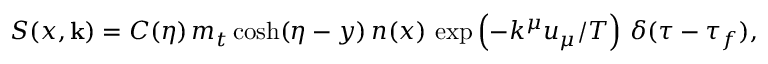
S ( x , \mathbf { k } ) = C ( { \eta } ) \, m _ { t } \cosh ( \eta - y ) \, n ( x ) \, \exp \left( - k ^ { \mu } u _ { \mu } / T \right) \, \delta ( \tau - \tau _ { f } ) ,